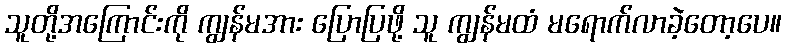
သူတို့အကြောင်းကို ကျွန်မအား ပြောပြဖို့ သူ ကျွန်မထံ မရောက်လာခဲ့တော့ပေ။